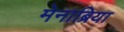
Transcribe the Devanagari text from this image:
मेनाब्रिया